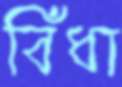
বিঁধা